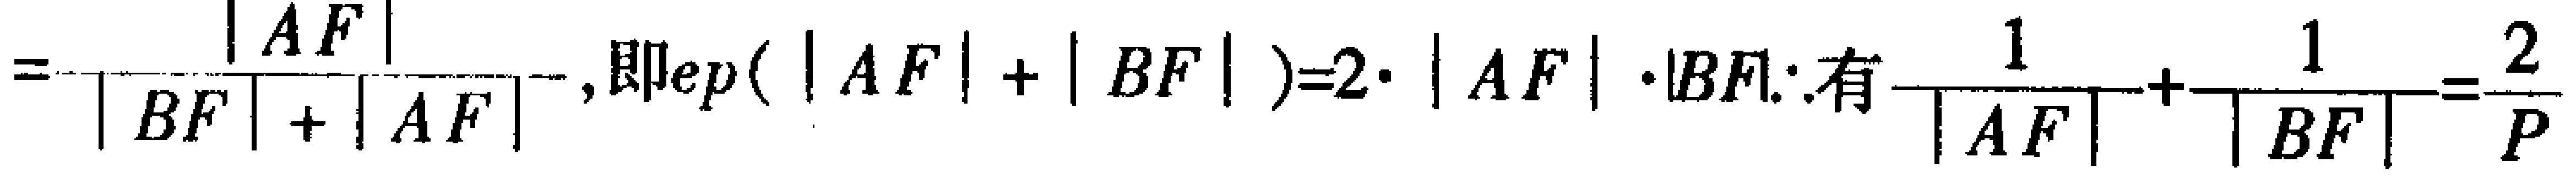
$=\frac{\vert AF\vert}{\vert BF\vert+\vert AF\vert}, 即ep(\vert AF\vert+\vert BF\vert)=2\cdot\vert AF\vert\cdot\vert BF\vert. 有\frac{1}{\vert AF\vert}+\frac{1}{\vert BF\vert}=\frac{2}{p}$